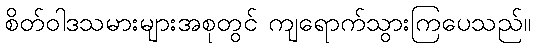
စိတ်ဝါဒသမားများအစုတွင် ကျရောက်သွားကြပေသည်။